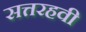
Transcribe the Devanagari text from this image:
सत्तरहवी